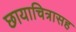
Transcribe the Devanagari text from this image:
छायाचित्रासह